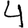
Digit: 4